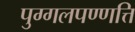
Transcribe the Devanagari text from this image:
पुग्गलपण्णत्ति